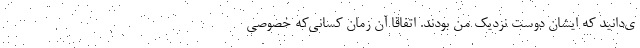
ی‌دانید ‌که ایشان دوست نزدیک من بودند. اتفاقا آن زمان کسانی‌که خصوصی